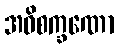
အဝိစက္ခဏော